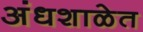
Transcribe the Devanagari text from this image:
अंधशाळेत